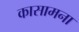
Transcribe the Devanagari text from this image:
कासामना